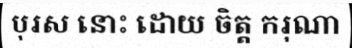
បុរស នោះ ដោយ ចិត្ត ករុណា